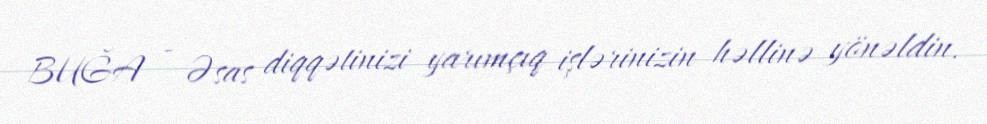
BUĞA - Əsas diqqətinizi yarımçıq işlərinizin həllinə yönəldin.